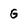
Character: G